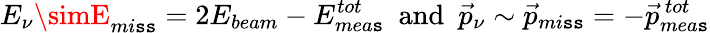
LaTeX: E_{\nu}\simE_{mi\mathtt{s}\mathtt{s}}=2E_{beam}-E_{mea\mathtt{s}}^{tot}~~\mathrm{{and}}~~\vec{{p}}_{\nu}\sim\vec{{p}}_{mi\mathtt{s}\mathtt{s}}=-\vec{{p}}_{mea\mathtt{s}}^{~tot}